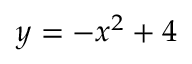
y = - x ^ { 2 } + 4